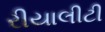
રીયાલીટી